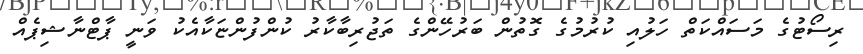
ރިސޯޓުގެ މަސައްކަތް ހަލުއި ކުރުމުގެ ގޮތުން ބަރުހޭންގެ ތަޖުރިބާކާރު ކުންފުންޏަކާއެކު ވަނީ ޕާޓްނާޝިޕެއް